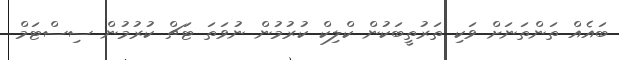
ބައެއް ތަންތަނަށް ވަކި ތަރުތީބަކުން ކްލިކް ކުރުމުން ނުވަތަ ޓަޗް ކުރުމުން ސިސްޓަމް